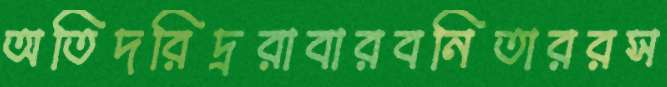
অতিদরিদ্ররাবারবনিতাররস